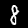
Digit: 8